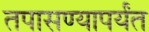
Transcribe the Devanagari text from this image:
तपासण्यापर्यंत